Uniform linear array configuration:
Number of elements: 12
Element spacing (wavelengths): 0.75
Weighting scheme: cosine
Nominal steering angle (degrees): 30
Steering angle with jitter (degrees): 31.956
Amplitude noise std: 0.05
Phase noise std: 0.05

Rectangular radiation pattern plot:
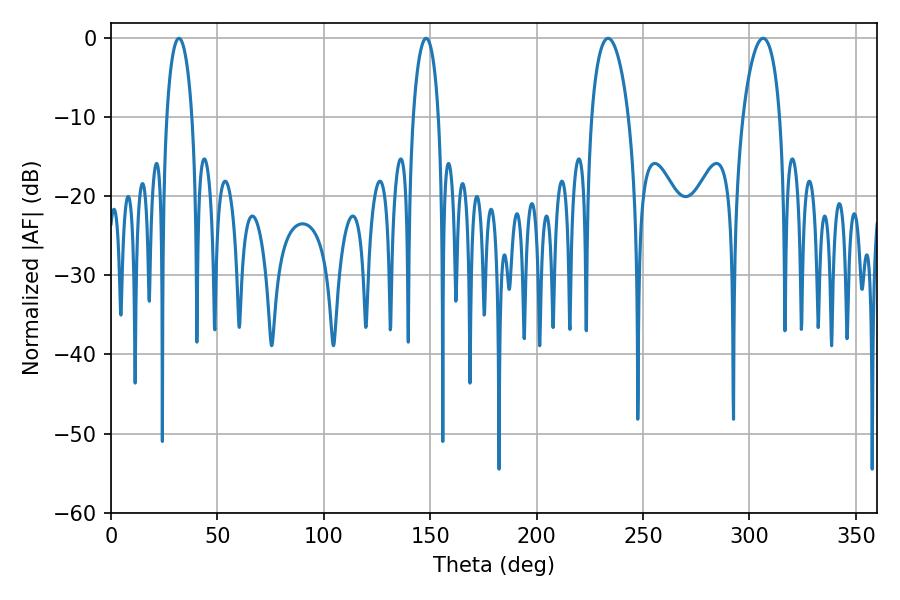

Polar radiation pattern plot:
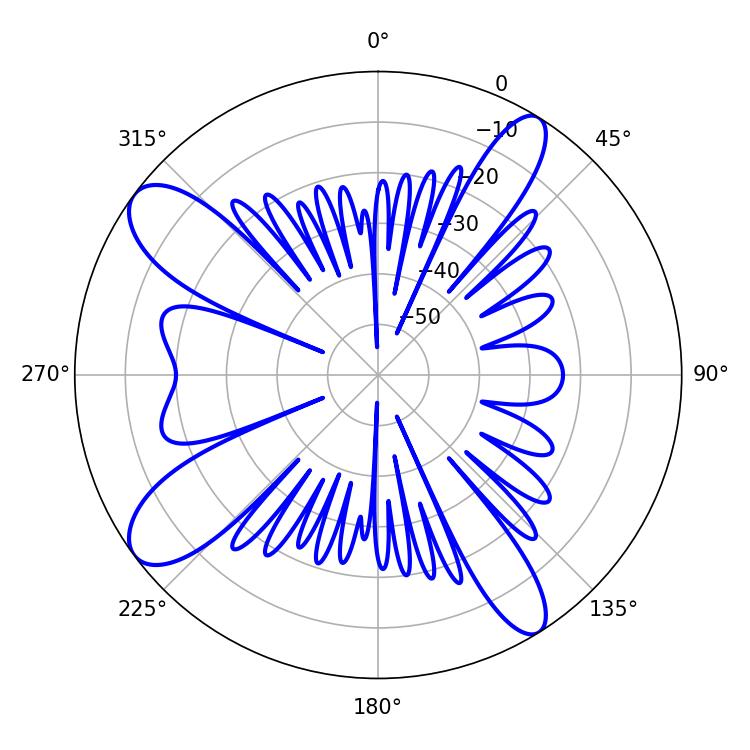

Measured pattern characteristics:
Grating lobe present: TRUE
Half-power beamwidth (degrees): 9.9
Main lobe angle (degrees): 233.64